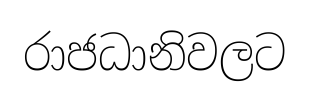
රාජධානිවලට